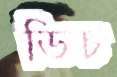
ডিচ